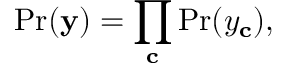
\mathrm { P r } ( \mathbf { y } ) = \prod _ { \mathbf { c } } \mathrm { P r } ( y _ { \mathbf { c } } ) ,